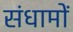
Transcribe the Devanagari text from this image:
संधामों